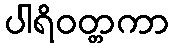
ပါရိဝတ္တကာ